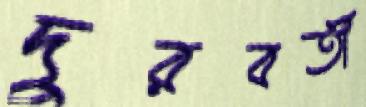
দুরবর্তী